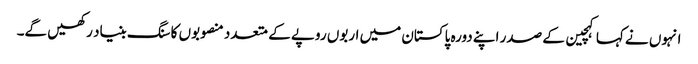
انہوں نے کہا کہچین کے صدر اپنے دورہ پاکستان میں اربوں روپے کے متعدد منصوبوں کا سنگ بنیاد رکھیں گے۔